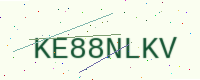
Text: KE88NLKV